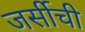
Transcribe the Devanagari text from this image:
जर्सीची